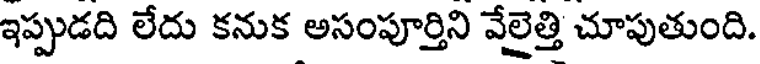
ఇప్పుడది లేదు కనుక అసంపూర్తిని వేలైత్తి చూపుతుంది.